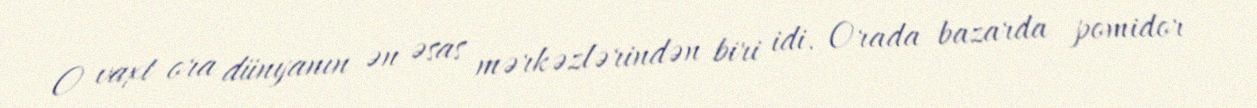
O vaxt ora dünyanın ən əsas mərkəzlərindən biri idi. Orada bazarda pomidor